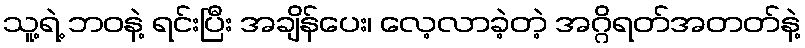
သူ့ရဲ့ ဘဝနဲ့ ရင်းပြီး အချိန်ပေး၊ လေ့လာခဲ့တဲ့ အဂ္ဂိရတ်အတတ်နဲ့